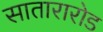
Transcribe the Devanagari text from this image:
सातारारोड